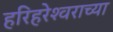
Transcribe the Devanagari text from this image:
हरिहरेश्‍वराच्या